Leaving Certificate Examination, 1906
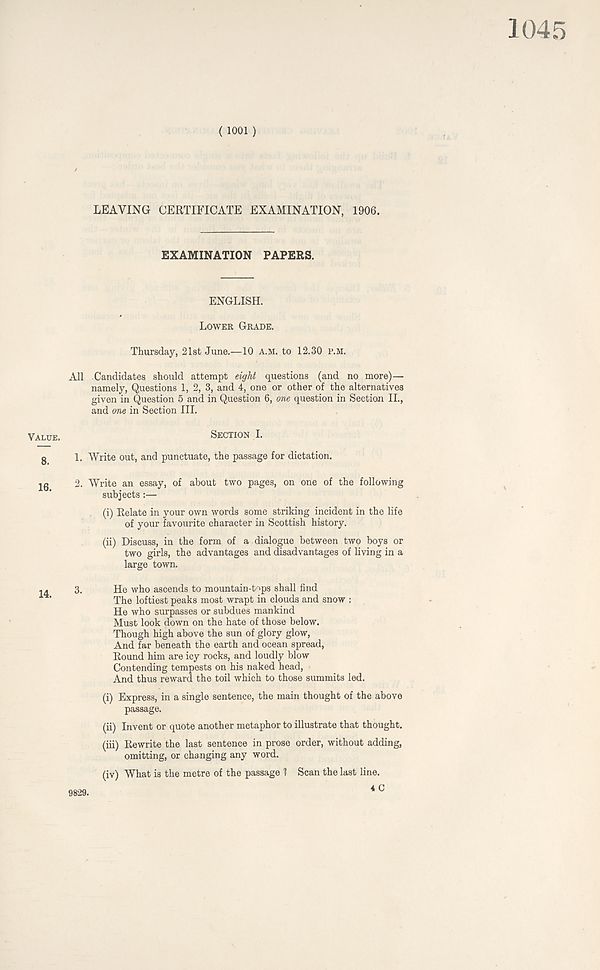
1045
( 1001 )
LEAVING CERTIFICATE EXAMINATION, 1906.
EXAMINATION PAPERS.
ENGLISH.
LOWER GRADE.
Thursday, 21st June.—10 A.M. to 12.30 P.M.
All Candidates should attempt eight questions (and no more)—
namely, Questions 1, 2, 3, and 4, one or other of the alternatives
given in Question 5 and in Question 6, one question in Section II.,
and one in Section III.
VALUE.
8.
16.
14.
He who surpasses or subdues mankind
Must look down on the hate of those below.
Though high above the sun of glory glow,
And far beneath the earth and ocean spread,
Round him are icy rocks, and loudly blow
Contending tempests on his naked head,
And thus reward the toil which to those summits led.
(i) Express, in a single sentence, the main thought of the above
passage.
(ii) Invent or quote another metaphor to illustrate that thought.
(iii) Rewrite the last sentence in prose order, without adding,
omitting, or changing any word.
(iv) What is the metre of the passage 1 Scan the last line.
9829.
4 0
SECTION I.
1. Write out, and punctuate, the passage for dictation.
2. Write an essay, of about two pages, on one of the following
subjects:—
(i) Relate in your own words some striking incident in the life
of your favourite character in Scottish history.
(ii) Discuss, in the form of a dialogue between two boys or
two girls, the advantages and disadvantages of living in a
large town.
3.
He who ascends to mountain-t^ps shall find
r TV>IrvPF.inaf.-nAalrc mnet wrA.Tvh in c.lnnHs and snnw •